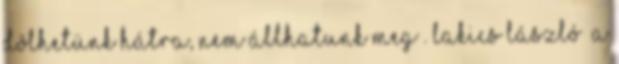
dôlhetünk hátra, nem állhatunk meg . LAKICS László „A